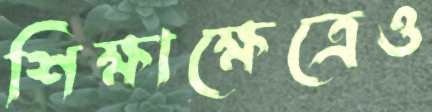
শিক্ষাক্ষেত্রেও